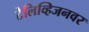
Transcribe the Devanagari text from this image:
टेलिव्हिजनवर